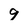
Character: g